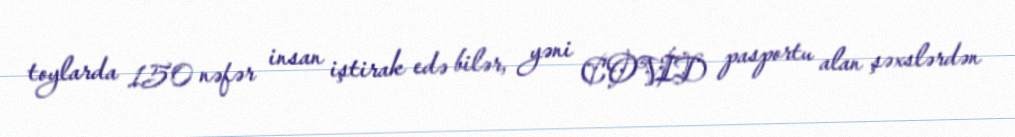
toylarda 150 nəfər insan iştirak edə bilər, yəni COVİD pasportu alan şəxslərdən